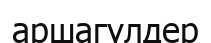
аршагүлдер